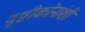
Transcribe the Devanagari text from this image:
दृष्टीकोनांशी